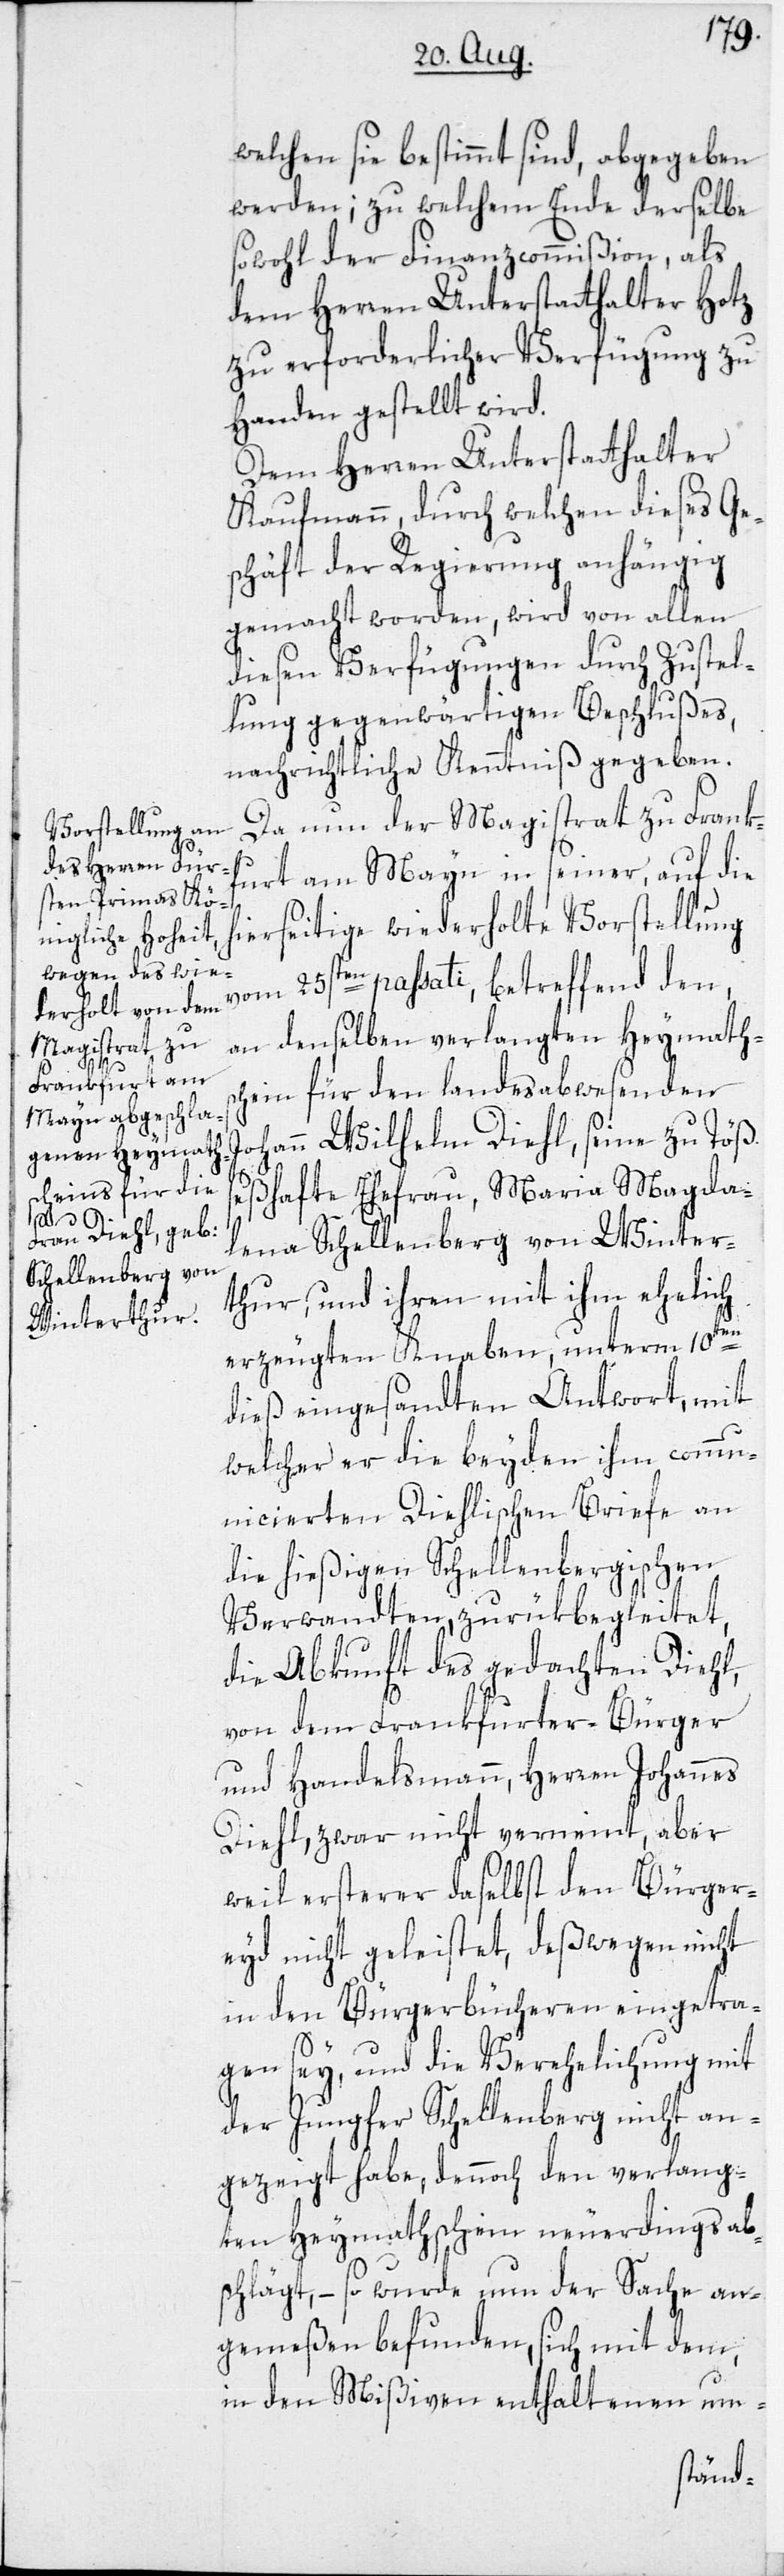
welchen sie bestimmt sind, abgegeben
werden; zu welchem Ende derselbe
sowohl der Finanzcommißion, als
dem Herren Unterstatthalter Hotz
zu erforderlicher Verfügung zu
Handen gestellt wird.
Dem Herren Unterstatthalter
Kaufmann, durch welchen dieses Ge¬
schäft der Regierung anhängig
gemacht worden, wird von allen
diesen Verfügungen durch Zustel¬
lung gegenwärtigen Beschlußes,
nachrichtliche Kenntniß gegeben.
Da nun der Magistrat zu Frank¬
furt am Mayn in seiner, auf die
hierseitige wiederholte Vorstellung
vom 25sten passati, betreffend den,
an denselben verlangten Heymaths¬
chein für den landesabwesenden
Johann Wilhelm Diehl, seine zu Töß
seßhafte Ehefrau, Maria Magda¬
lena Schellenberg von Winter¬
thur, und ihren mit ihm ehelich
erzeugten Knaben, unterm 10ten
dieß eingesandten Antwort, mit
welcher er die beyden ihm commu¬
nicierten Diehlischen Briefe an
die hießigen Schellenbergischen
Verwandten, zurükbegleitet,
die Abkunft des gedachten Diehl,
von dem Frankfurter-Bürger
und Handelsmann, Herren Johannes
Diehl, zwar nicht verneint, aber
weil ersterer daselbst den Bürger¬
eyd nicht geleistet, deßwegen nicht
in den Bürgerbücheren eingetra¬
gen sey, und die Verehelichung mit
der Jungfer Schellenberg nicht an¬
gezeigt habe, dennoch den verlang¬
ten Heymathschein neuerdings ab¬
schlägt, – so wurde nun der Sache an¬
gemeßen befunden, sich mit dem,
in den Mißiven enthaltenen um-